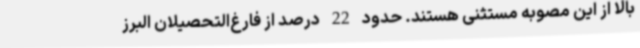
بالا از این مصوبه مستثنی هستند. حدود 22 درصد از فارغ‌التحصیلان البرز